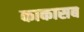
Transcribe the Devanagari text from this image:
काकासब